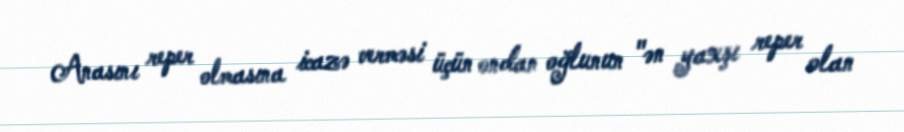
Anasını reper olmasına icazə verməsi üçün ondan oğlunun "ən yaxşı reper olan